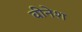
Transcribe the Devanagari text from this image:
वीनेश